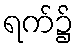
ရက်၌